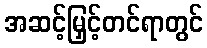
အဆင့်မြှင့်တင်ရာတွင်